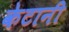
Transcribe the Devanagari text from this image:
केटानी